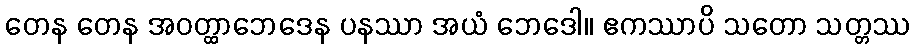
တေန တေန အဝတ္ထာဘေဒေန ပနဿာ အယံ ဘေဒေါ။ ဧကဿာပိ သတော သတ္တဿ